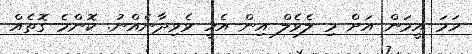
ހަމަ އީމަން އަށް މި ލެވެލް އިން އެހީ ވެވިދާނެއްނު. ކޮންމެ ގޮތެއް